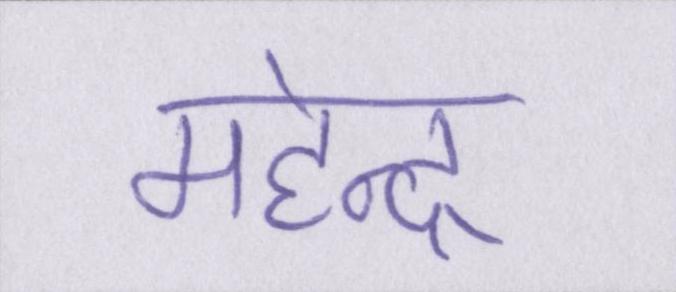
महेन्द्र